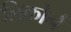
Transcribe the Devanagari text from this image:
लिकोर्न